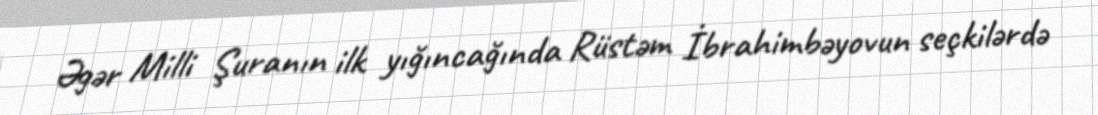
Əgər Milli Şuranın ilk yığıncağında Rüstəm İbrahimbəyovun seçkilərdə